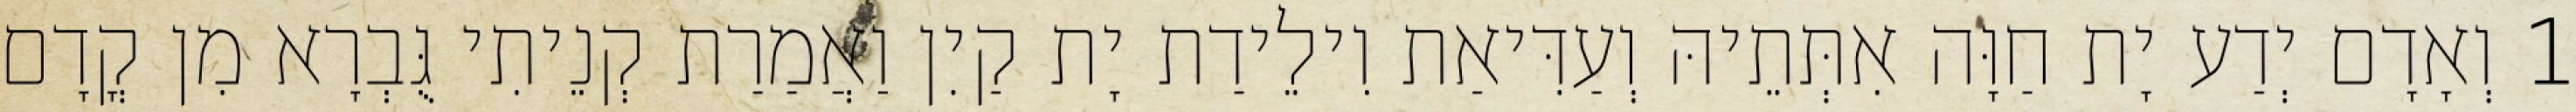
1 וְאָדָם יְדַע יָת חַוָּה אִתְּתֵיהּ וְעַדִּיאַת וִילֵידַת יָת קַיִן וַאֲמַרַת קְנֵיתִי גֻּבְרָא מִן קֳדָם